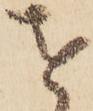
を